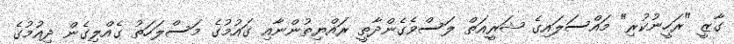
ގާޒީ "ރަހީނުކުރި" މައްސަލައިގެ ޝަރީއަތް ލަސްވެގެންދާތީ ރައްޔިތުންނާއި ގައުމުގެ މަސްލަހަތު ގެއްލިގެން ދިއުމުގެ